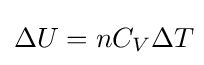
\Delta U=nC_{V}\Delta T\!